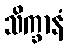
သိက္ခာနံ